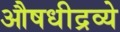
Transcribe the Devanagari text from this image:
औषधीद्रव्ये